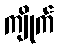
ကျိုက်